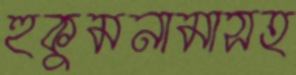
হুকুমনামাসহ